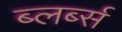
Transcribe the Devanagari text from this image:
ब्लर्ब्स